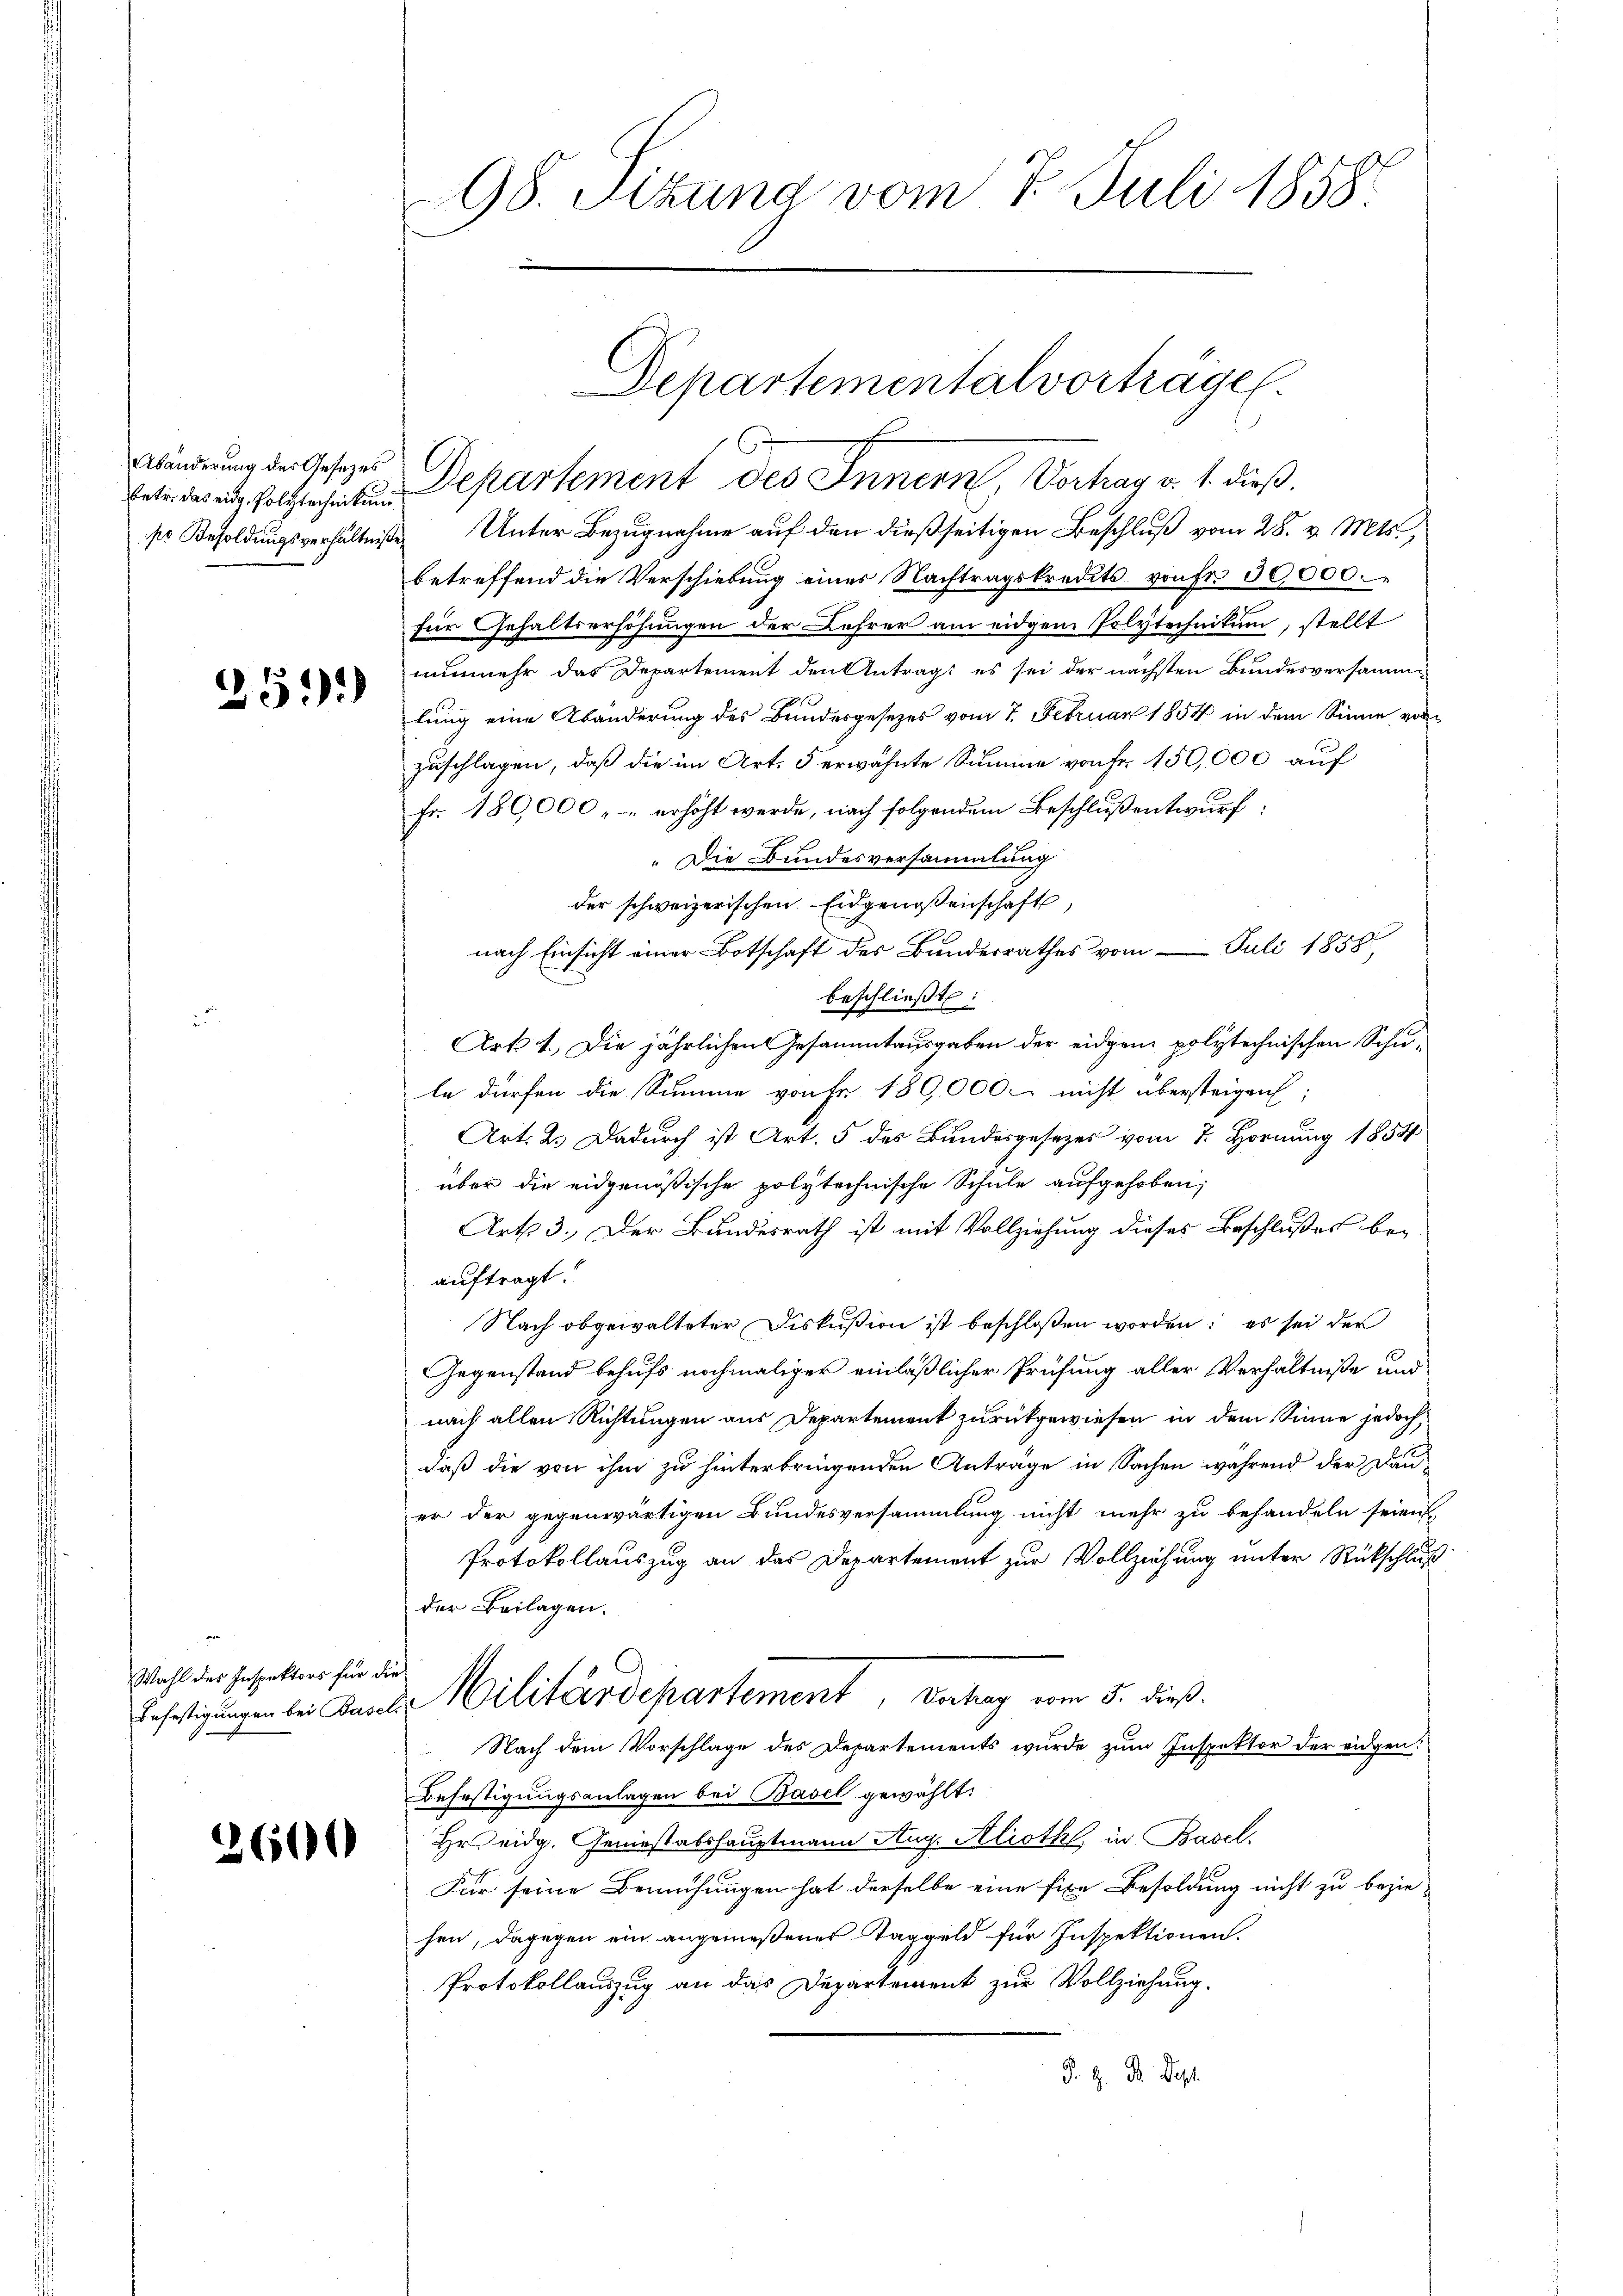
Abänderung des Gesezes

251)

Wahl des Inspektors für di
Befestigungen bei Basel.

2600

98. Sitzung vom 7. Juli 1858
.

so Besoldungsverhältniße Unter Bezugnahme auf den dießseitigen Beschluß vom 28. v. Mts.,
betreffend die Verschiebung einer Nachtragskredits von Fr. 30000.
für Gehaltserhöhungen der Lehrer am eidgem Polytechnitum, stellt
nunmehr das Departement den Antrags es sei der nächsten Bundesversammlung eine Abänderung des Bundesgesetzes vom 7. Februar 1854 in dem Sinne vorzuschlagen, daß die im Art. 5 erwähnte Summe von Fr. 150,000 auf
Fr. 180,000 - - erhöht werde, nach folgendem Beschlußentwurf
„Die Bundesversammlung
der schweizerischen Eidgenossenschaft
nach Einsicht einer Botschaft des Bundesrathes vom Juli 1858
beschließt:
Art 1. Die jährlichen Gesammtausgaben der eidgen polytechnischen Schule dürfen die Summe von Fr. 180,000 nicht übersteigen;
Art. 2. Dadurch ist Art. 5 des Bundesgesezes vom 7. Hornung 1854
über die eidgenößische polytechnische Schule aufgehoben;
Art. 3. Der Bundesrath ist mit Vollziehung dieses Beschlußes be-
auftragt.
Nach obgewalteter Diskußion ist beschloßen worden: es sei der
Gegenstand behufs nochmaliger einläßlicher Prüfung aller Verhältniße und
nach allen Richtungen aus Departement zurückgewiesen in dem Sinne jedoch,
daß die von ihm zu hinterbringenden Anträge in Sachen während der Daner der gegenwärtigen Bundesversammlung nicht mehr zu behandeln seien,
Protokollauszug an das Departement zur Vollziehung unter Rückschluß
der Beilagen.
d Militärdepartement, Vertrag vom 5. dieß.
Nach dem Vorschlage des Departements wurde zum Inspektor der eidgen:
Befestigungsanlagen bei Basel gewählt:
Hr eidg. Geniestabshauptmann Aug. Alioth, in Basel.
Für seine Bemühungen hat derselbe eine fixe Besoldung nicht zu bezie-
hen, dagegen ein angemeßenes Taggeld für Inspektionen.
Protokollauszug an das Departement zur Vollziehung.
K. H. Dr. Dep

Departementalvorträge.
felderung haltenheiten Departement des Innern, Vortrag v. 1. dieß.